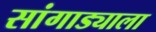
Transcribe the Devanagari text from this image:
सांगाड्याला